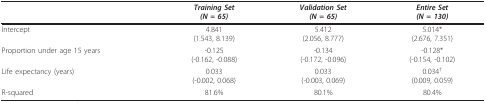
|  | Training Set(N = 65) | Validation Set(N = 65) | Entire Set(N = 130) |
 | --- | --- | --- | --- |
 | Intercept | 4.841(1.543, 8.139) | 5.412(2.056, 8.777) | 5.014*(2.676, 7.351) |
 | Proportion under age 15 years | -0.125(-0.162, -0.088) | -0.134(-0.172, -0.096) | -0.128*(-0.154, -0.102) |
 | Life expectancy (years) | 0.033(-0.002, 0.068) | 0.033(-0.003, 0.069) | 0.034†(0.009, 0.059) |
 | R-squared | 81.6% | 80.1% | 80.4% |